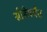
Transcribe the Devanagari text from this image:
सोडेपर्यंत